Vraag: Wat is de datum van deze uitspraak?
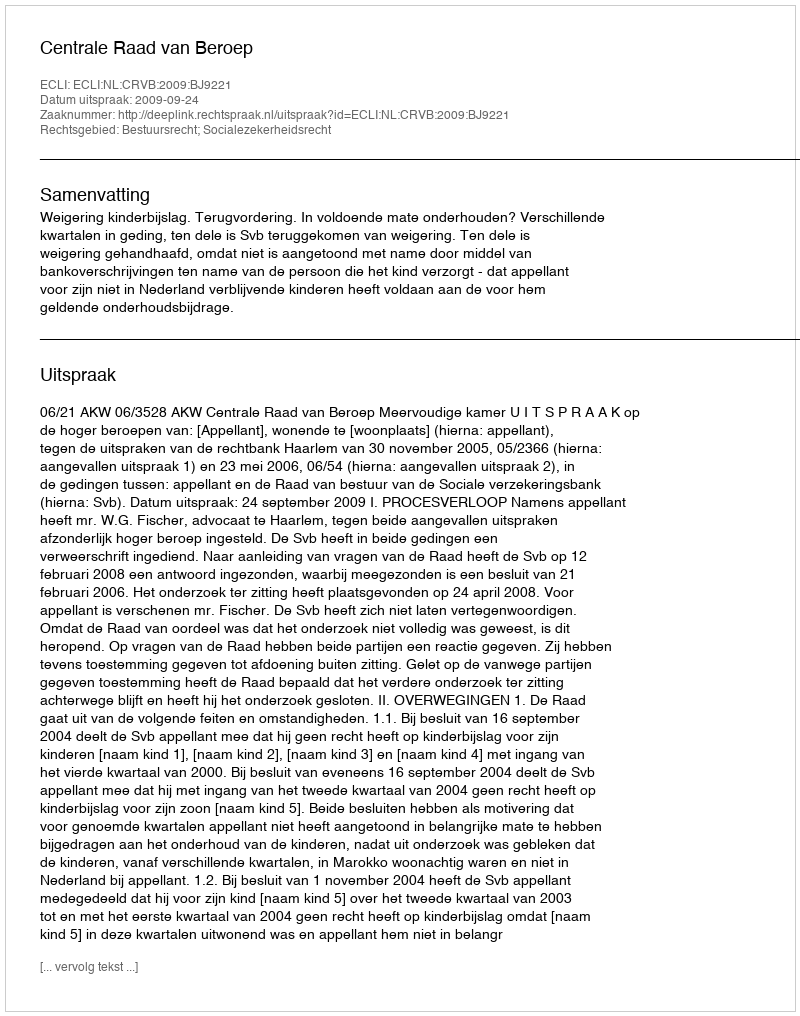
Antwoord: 2009-09-24